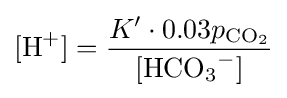
[{\ce {H^+}}]={\frac {K'\cdot 0.03p_{{\ce {CO_2}}}}{[{\ce {HCO_3^-}}]}}